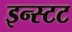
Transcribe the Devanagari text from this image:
इन्स्टट